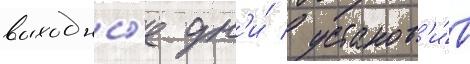
выходны́е дн'и́ / установ'и́в